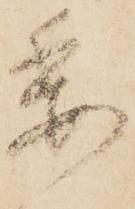
委